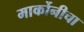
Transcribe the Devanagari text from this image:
मार्कोनीचा